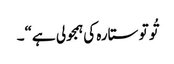
تُو تو ستارہ کی ہمجولی ہے“۔